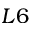
L 6